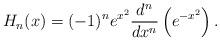
LaTeX: \begin{align*} H_n(x) = (-1)^n e^{x^2} \frac{d^n}{dx^n} \left( e^{-x^2} \right).\end{align*}